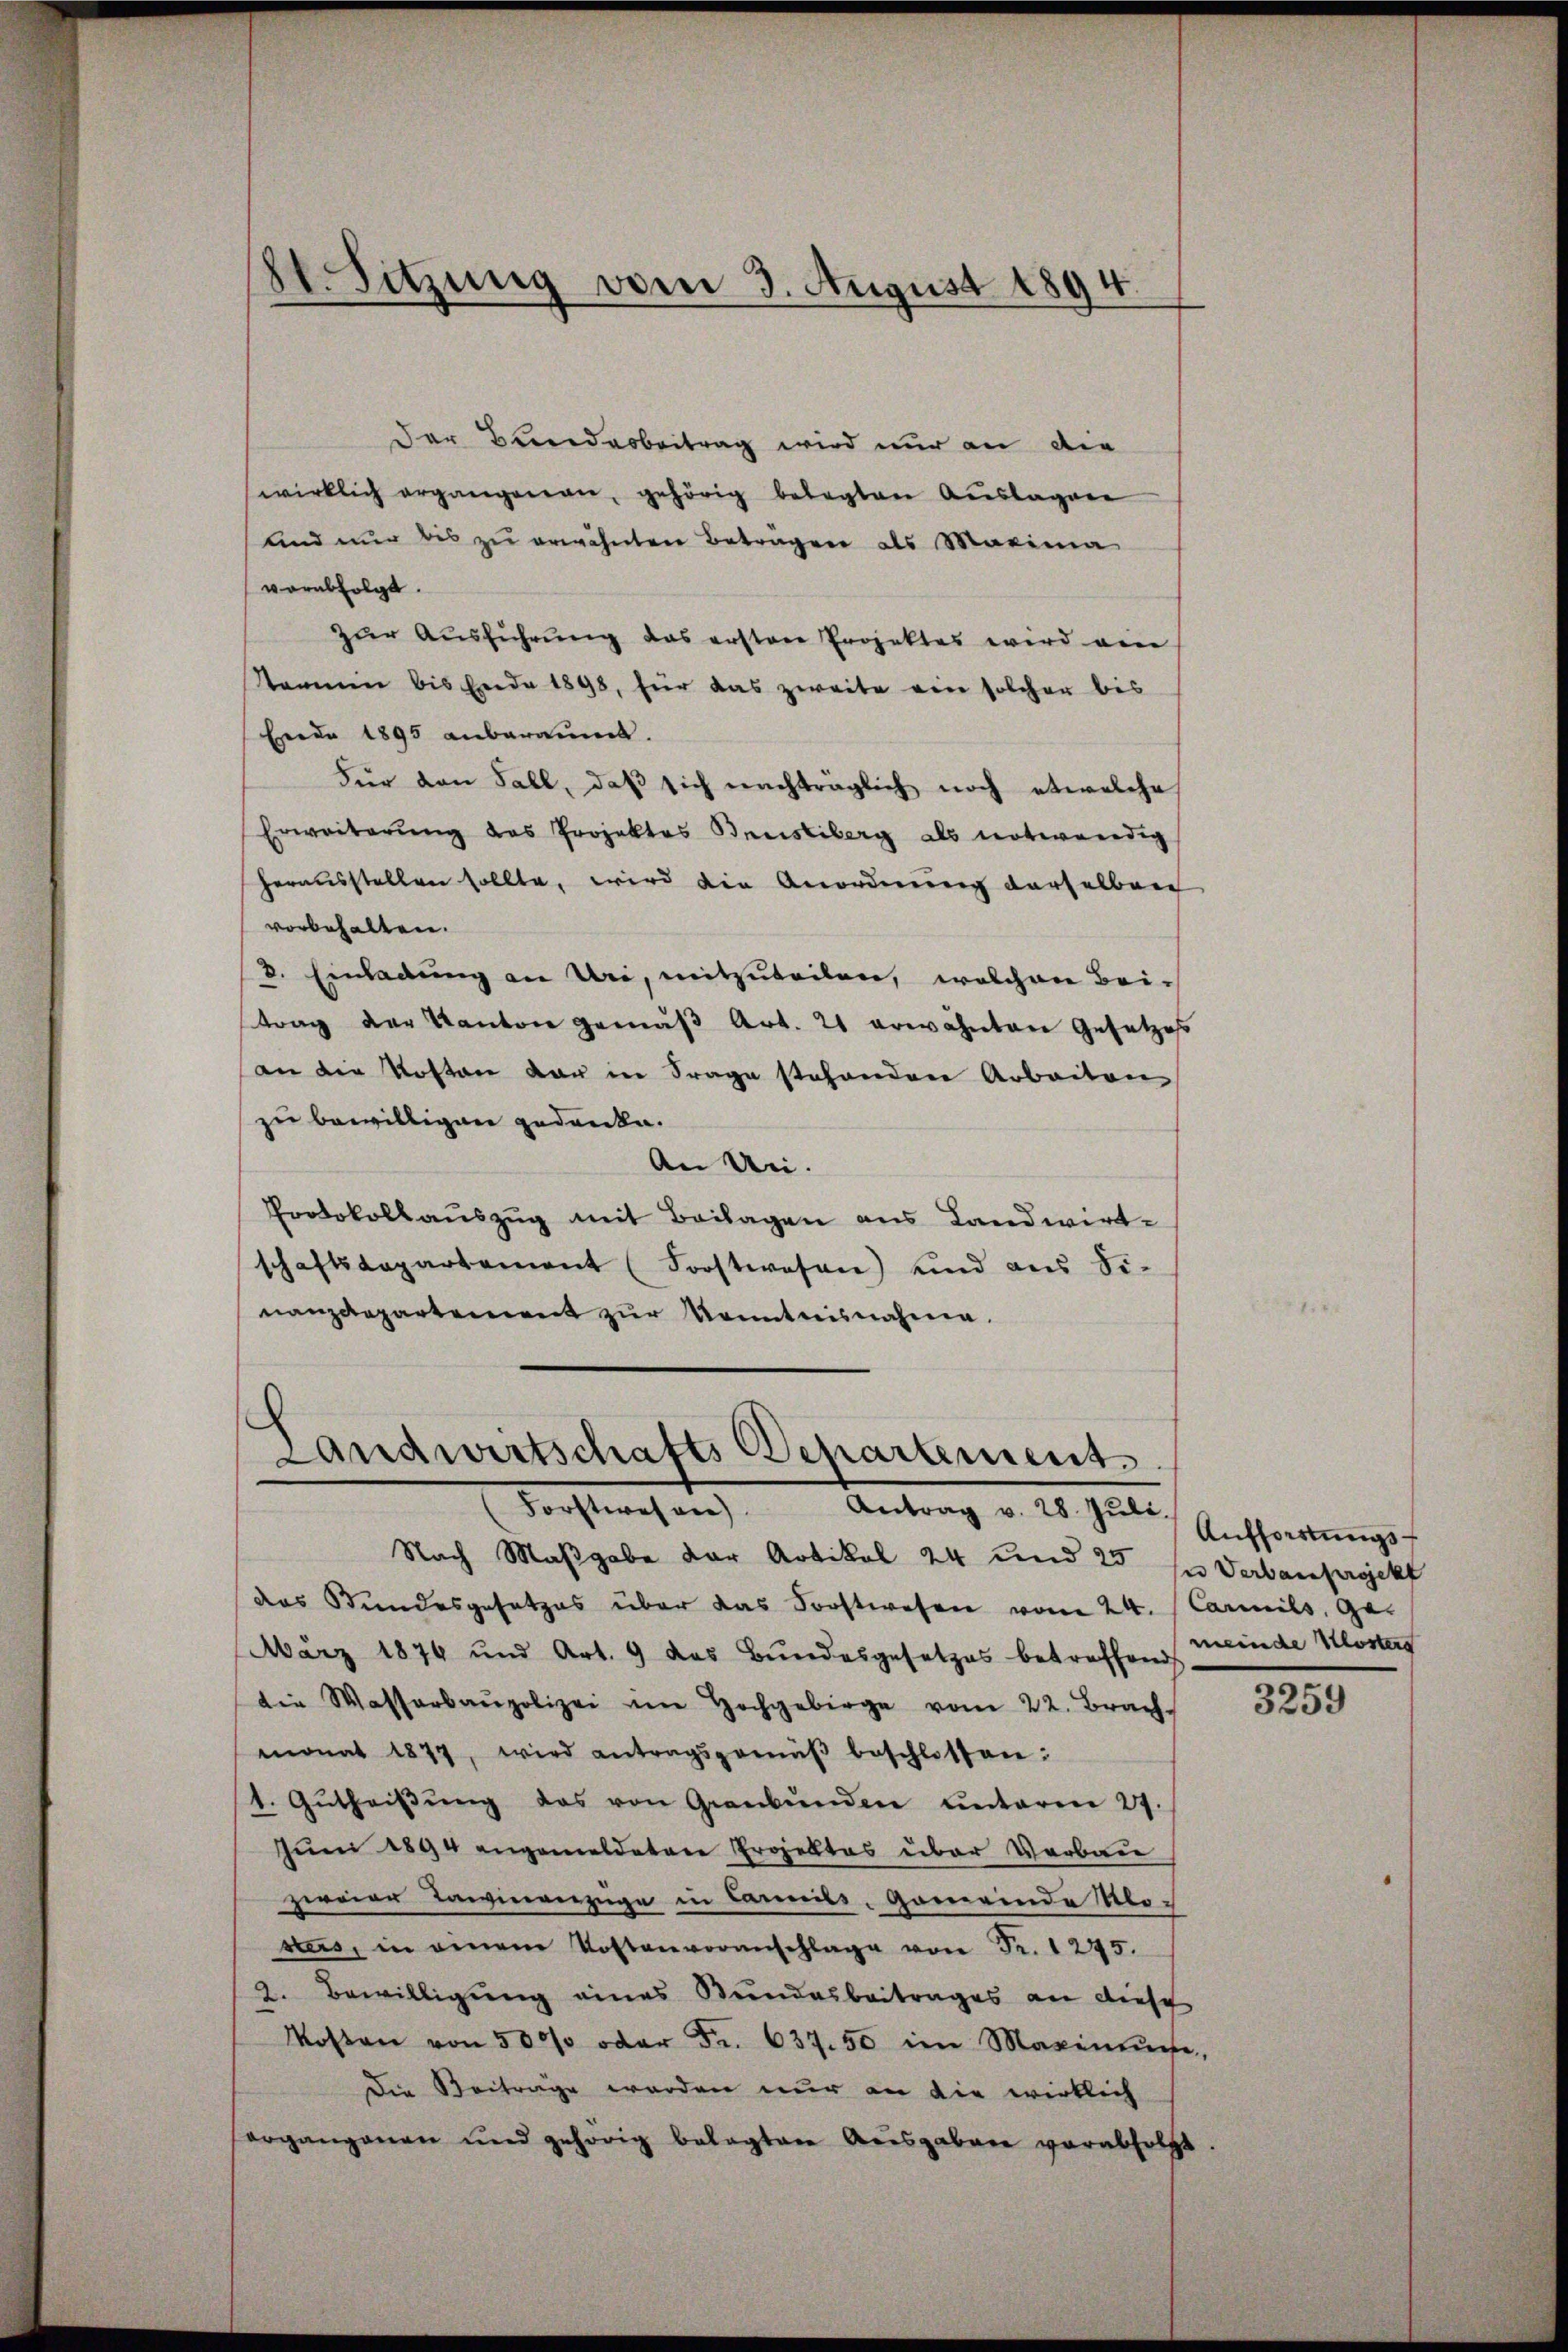
St. Sitzung vom 3. August 1894.

der Bundesbeitrag wird nur an die
wirklich ergangenen, gehörig belegten Auslagen
und nur bis zu erwähnten Betragen als Maxima
verabfolgt.
zŭr Aŭsführung das ersten Projektes wird ein
kammen bis Ende 1898, für das zweite ein solcher bis
Erede 1895 anberaumt.
Für den Fall, daß sich nachträglich noch etwelche
Erweiterung des Projektes Bresliberg als notwendig
herausstellen sollte, wird die Anordnung derselbar
vorbehalten.
8. Einladung an Uri, mitzuteilen, welchen Beitrag der Kanton gemäβ Art. 21 erwähnten Gesetzes
an die Kosten dar in Frage stehenden Arbeiten
zu bewilligen gedanke.
An Un¬
Protokollauszug mit Beilagen aus Landwirt-
schaftsdepartement (Forstwesen) und aus Si-
nanzdepartement zŭr Kenntnisnahme.

Landwirtschafts Departement
Forstwesen.
Antrag v. 28. Juli. Aufforderungs-

Nach Maßgabe der Artikel 24 und 25 sn Verbauprojekt
das Bundesgesetzes über das Forstwesen vom 24. Carmils, ge-
März 1874 und Art. 9 das Bŭndesgesetzes betreffend
die Wasserbaupolizei im Hochgebirge vom 22. Brach
monat 1877, wird antragsgemäβ beschlossen:
1. Gŭtheiβŭng das von Grenbŭnden unterm 27.
Juni 1894 angemeldeten Projektes über Verbau
zweier einverzüge in Carits-Gemeinde Ro-
stes, in einem Kostenvoranschlage von Fr. 1295.
2. Bewilligung eines Bundesbeitrages an diesch
Kosten von 500% oder Fr. 637. 50 im Maxinufe,
Die Beitrage werden nur an die wirklich
ergangenen und gehörig belegten Ausgaben verabfolgt

meinde Klosten
3259